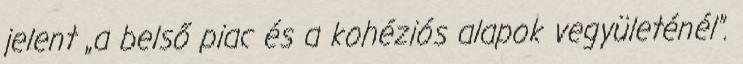
jelent „a belső piac és a kohéziós alapok vegyületénél”.